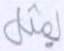
بمثل